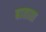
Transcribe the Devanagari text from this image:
बाताता